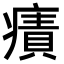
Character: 𤹠